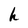
Character: h